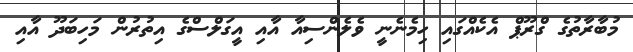
މުބާރާތުގެ ގްރޫޕް އެކެއްގައި ހިމެނެނީ ވެލެންސިއާ އާއި އީގަލްސްގެ އިތުރުން މަހިބަދޫ އާއި